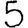
Digit: 5